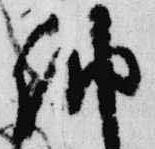
納